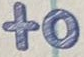
to